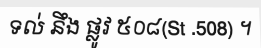
ទល់ នឹង ផ្លូវ ៥០៨(St .508) ។